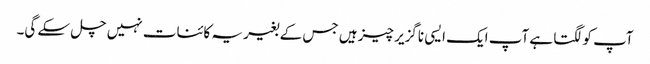
آپ کو لگتا ہے آپ ایک ایسی ناگزیر چیز ہیں جس کے بغیر یہ کائنات نہیں چل سکے گی۔